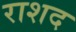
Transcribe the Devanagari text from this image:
राशद